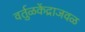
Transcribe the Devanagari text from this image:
वर्तुळकेंद्राजवळ